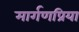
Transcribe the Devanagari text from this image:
मार्गणप्रिया